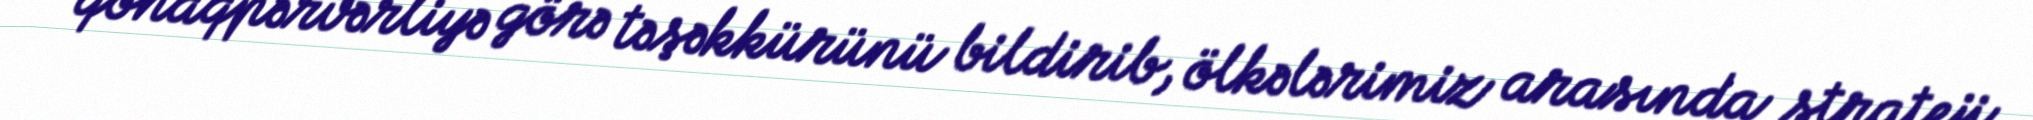
qonaqpərvərliyə görə təşəkkürünü bildirib, ölkələrimiz arasında strateji